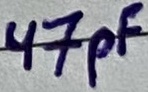
Text: 47pF